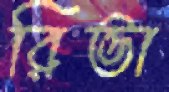
রিভা